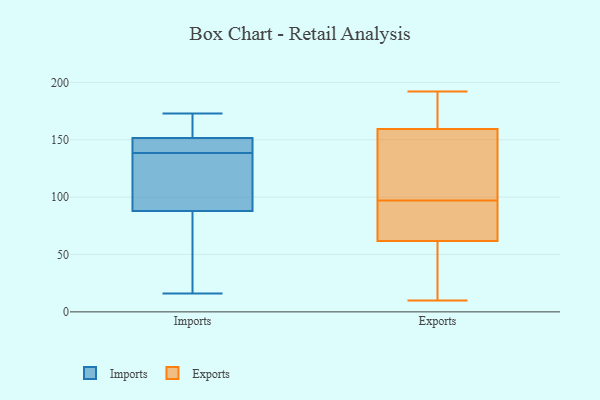
{"axis": {"x": "Net Income (USD K)", "y": "Value"}, "legend": ["Exports", "Imports"], "data": [{"x": "", "y": 170, "type": "Imports"}, {"x": "", "y": 85, "type": "Imports"}, {"x": "", "y": 151, "type": "Imports"}, {"x": "", "y": 87, "type": "Imports"}, {"x": "", "y": 81, "type": "Imports"}, {"x": "", "y": 104, "type": "Imports"}, {"x": "", "y": 138, "type": "Imports"}, {"x": "", "y": 16, "type": "Imports"}, {"x": "", "y": 139, "type": "Imports"}, {"x": "", "y": 140, "type": "Imports"}, {"x": "", "y": 142, "type": "Imports"}, {"x": "", "y": 164, "type": "Imports"}, {"x": "", "y": 89, "type": "Imports"}, {"x": "", "y": 152, "type": "Imports"}, {"x": "", "y": 99, "type": "Imports"}, {"x": "", "y": 173, "type": "Imports"}, {"x": "", "y": 162, "type": "Exports"}, {"x": "", "y": 58, "type": "Exports"}, {"x": "", "y": 118, "type": "Exports"}, {"x": "", "y": 10, "type": "Exports"}, {"x": "", "y": 77, "type": "Exports"}, {"x": "", "y": 192, "type": "Exports"}, {"x": "", "y": 97, "type": "Exports"}, {"x": "", "y": 166, "type": "Exports"}, {"x": "", "y": 73, "type": "Exports"}, {"x": "", "y": 11, "type": "Exports"}, {"x": "", "y": 152, "type": "Exports"}]}